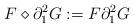
LaTeX: \begin{align*}F \diamond \partial_1^2 G := F \partial_1^2 G\end{align*}